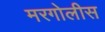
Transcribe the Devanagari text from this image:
मरगोलीस